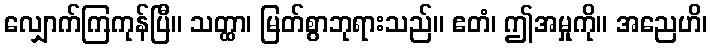
လျှောက်ကြကုန်ပြီ။ သတ္ထာ၊ မြတ်စွာဘုရားသည်။ ဧတံ၊ ဤအမှုကို။ အညေဟိ၊